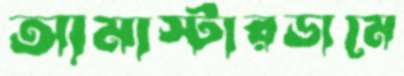
আমাস্টারডামে